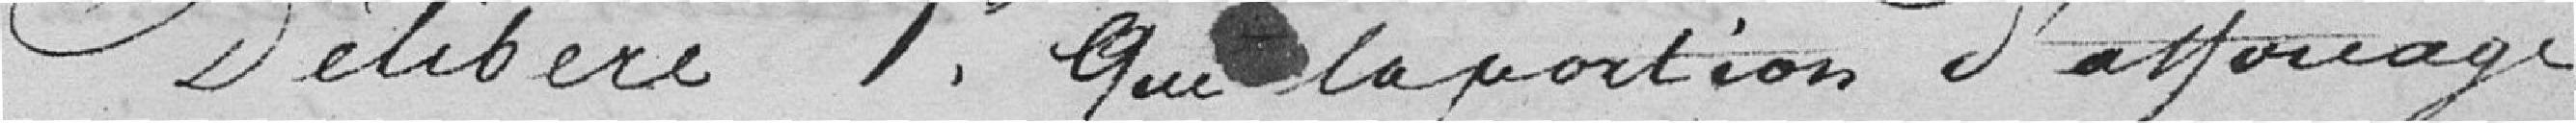
Délibère que la portion d'affouage